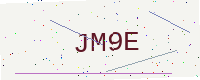
Text: JM9E